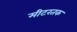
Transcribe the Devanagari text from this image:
मीटरतक